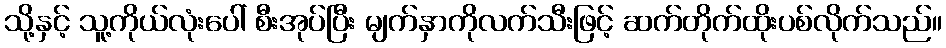
သို့နှင့် သူ့ကိုယ်လုံးပေါ် စီးအုပ်ပြီး မျက်နှာကိုလက်သီးဖြင့် ဆက်တိုက်ထိုးပစ်လိုက်သည်။